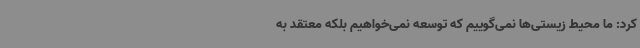
کرد: ما محیط زیستی‌ها نمی‌گوییم که توسعه نمی‌خواهیم بلکه معتقد به